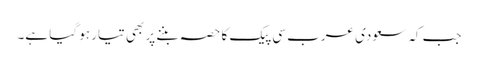
جب کہ سعودی عرب سی پیک کا حصہ بننے پر بھی تیار ہو گیا ہے۔